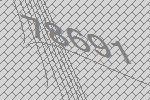
78691